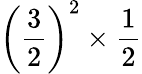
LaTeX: \left({\frac{3}{2}}\right)^{2}\times{\frac{1}{2}}